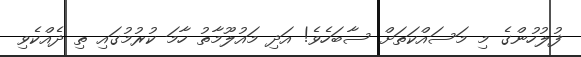
ފުލުހުންގެ މި މަސައްކަތަށް ސާބަހެވެ! އަދި މައުލޫމާތު ހާމަ ކުރުމުގައި ތި ދެއްކެވި